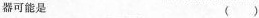
器可能是 ()